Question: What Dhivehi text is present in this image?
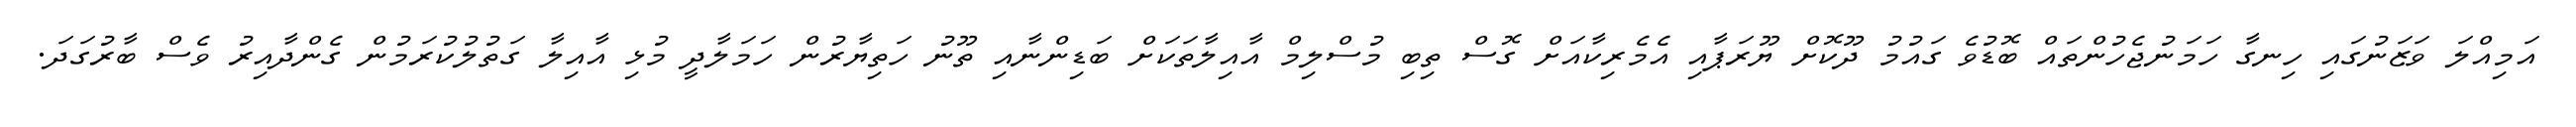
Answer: އަމިއްލަ ވަޒަނުގައި ހިނގާ ހަމަނުޖެހުންތައް ބޮޑުވެ ގައުމު ދޫކޮށް ޔޫރަޕާއި އެމެރިކާއަށް ގޮސް ތިބި މުސްލިމް އާއިލާތަކަށް ބަޑިންނާއި ތޫނު ހަތިޔާރުން ހަމަލާދީ މުޅި އާއިލާ ގަތުލުކުރަމުން ގެންދާއިރު ވެސް ބާރުގަދަ.